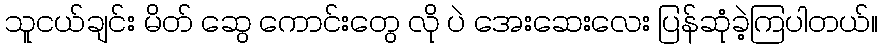
သူငယ်ချင်း မိတ် ဆွေ ကောင်းတွေ လို ပဲ အေးဆေးလေး ပြန်ဆုံခဲ့ကြပါတယ်။